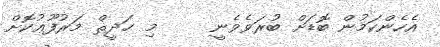
އެހެންކަމުން ބޮޑަށް ބުރަވެވެނީ     މި ޙަދީޘް މަރުފޫޢުކޮށް